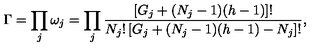
\Gamma = \prod _ { j } \omega _ { j } = \prod _ { j } \frac { \left[ G _ { j } + ( N _ { j } - 1 ) ( h - 1 ) \right] ! } { N _ { j } ! \left[ G _ { j } + ( N _ { j } - 1 ) ( h - 1 ) - N _ { j } \right] ! } ,